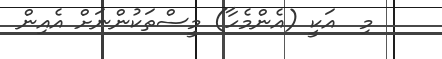
މި  އަކީ (އެންމެހާ) މީސްތަކުންނަށް އެއިން